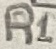
Text: R1